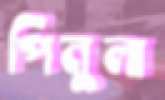
পিনুলা